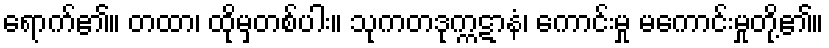
ရောက်၏။ တထာ၊ ထိုမှတစ်ပါး။ သုကတဒုက္ကဋာနံ၊ ကောင်းမှု မကောင်းမှုတို့၏။